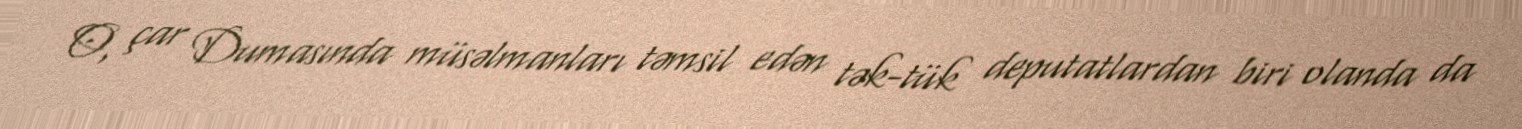
O, çar Dumasında müsəlmanları təmsil edən tək-tük deputatlardan biri olanda da